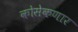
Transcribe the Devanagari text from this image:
कोसेकणार